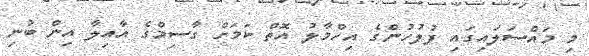
މި މައްސަލައިގައި ފުލުހުންގެ އިހްމާލު އޮތް ކަމަށް ގާސިމްގެ އާއިލާ އިން ބުނި